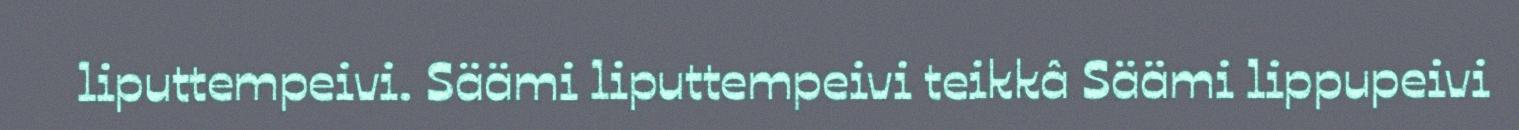
liputtempeivi. Säämi liputtempeivi teikkâ Säämi lippupeivi